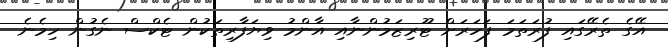
އޭގެ ތެރޭގައި ފުރަތަމަ ފަހަރަށް ޓޫރިޒަމުންނާއި އާންމު ވިޔަފާރިތަކުން ޓެކްސް ނެގުން ހިމެނެ